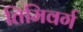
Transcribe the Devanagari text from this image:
तिमिवर्ग